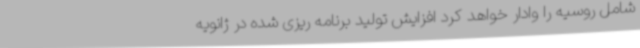
شامل روسیه را وادار خواهد کرد افزایش تولید برنامه ریزی شده در ژانویه